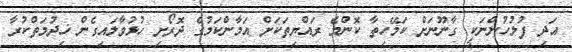
އަދި ފުލުހުންނަކީ ގާނޫނަށް ކަމޭހިތާ ކޮންމެ ރައްޔިތަކަށް އަމާންކަމުގެ ދޮރޯށި ހުޅުވާލައިގެން ޚިދުމަތްކުރާ